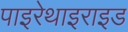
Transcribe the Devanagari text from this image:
पाइरेथाइराइड